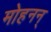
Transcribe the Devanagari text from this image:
मोहनन्